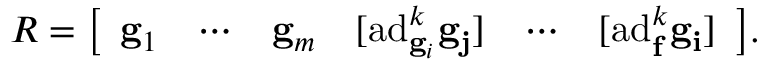
R = { \left[ \begin{array} { l l l l l l } { \mathbf { g } _ { 1 } } & { \cdots } & { \mathbf { g } _ { m } } & { [ \mathrm { a d } _ { \mathbf { g } _ { i } } ^ { k } \mathbf { \mathbf { g } _ { j } } ] } & { \cdots } & { [ \mathrm { a d } _ { \mathbf { f } } ^ { k } \mathbf { \mathbf { g } _ { i } } ] } \end{array} \right] } .